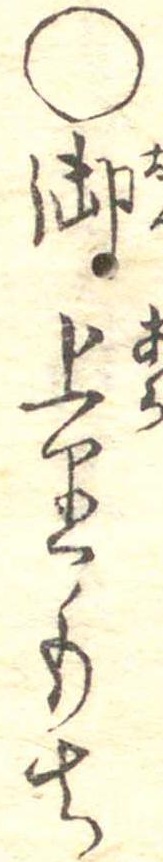
○御上りもち